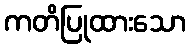
ကတိပြုထားသော